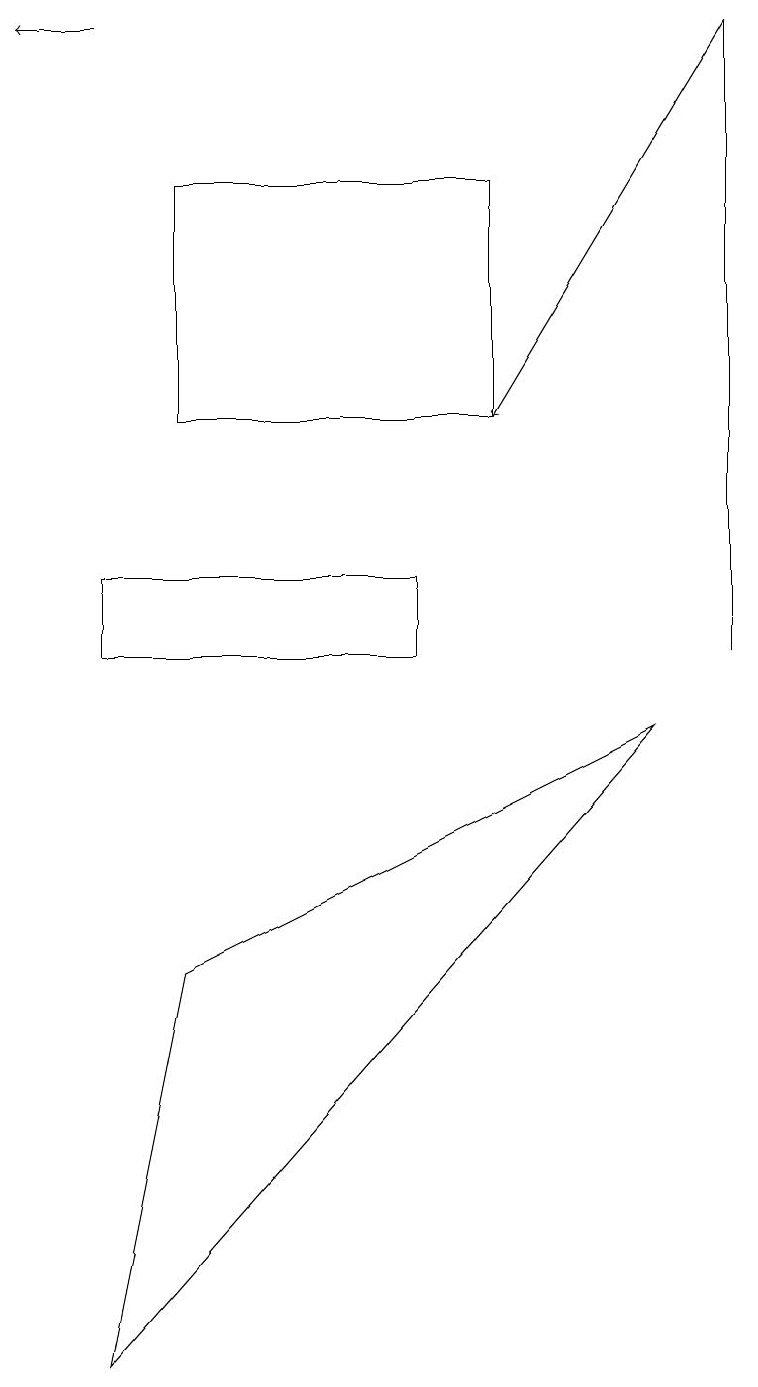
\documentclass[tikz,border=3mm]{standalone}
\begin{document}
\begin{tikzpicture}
\draw (2,6) -- (8,9) -- (1,1) -- cycle;
\draw (9,10) rectangle (9,18);
\draw (2,13) rectangle (6,16);
\draw[->] (9,18) -- (6,13);
\draw (5,10) rectangle (1,11);
\draw[->] (1,18) -- (0,18);
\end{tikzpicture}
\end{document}